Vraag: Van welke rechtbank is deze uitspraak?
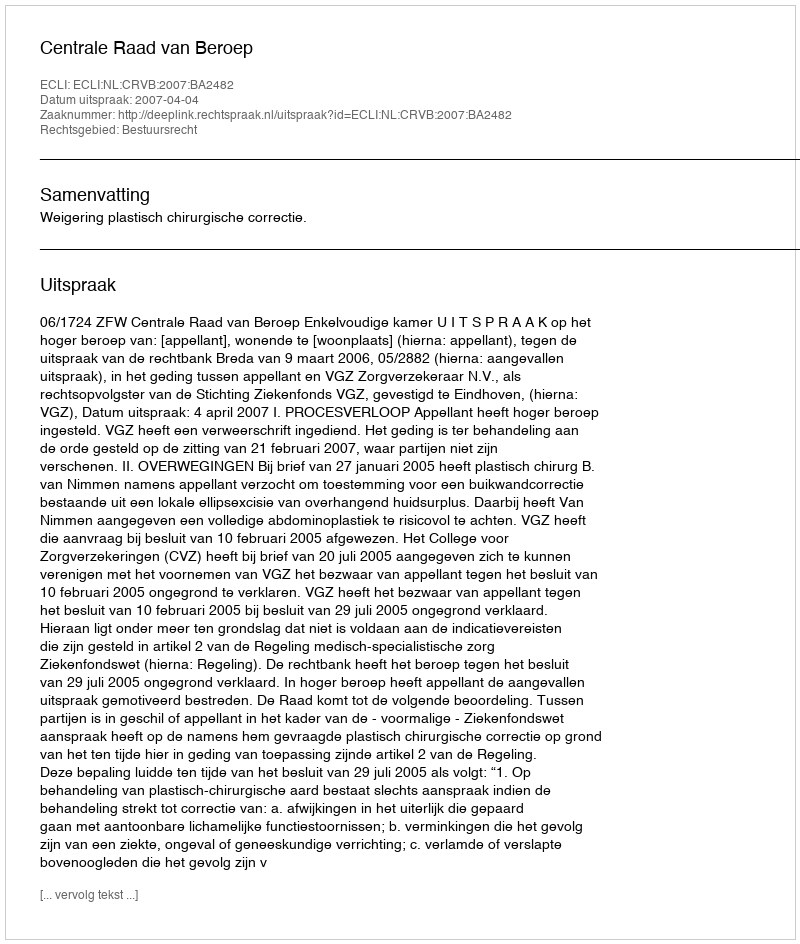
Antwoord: Centrale Raad van Beroep